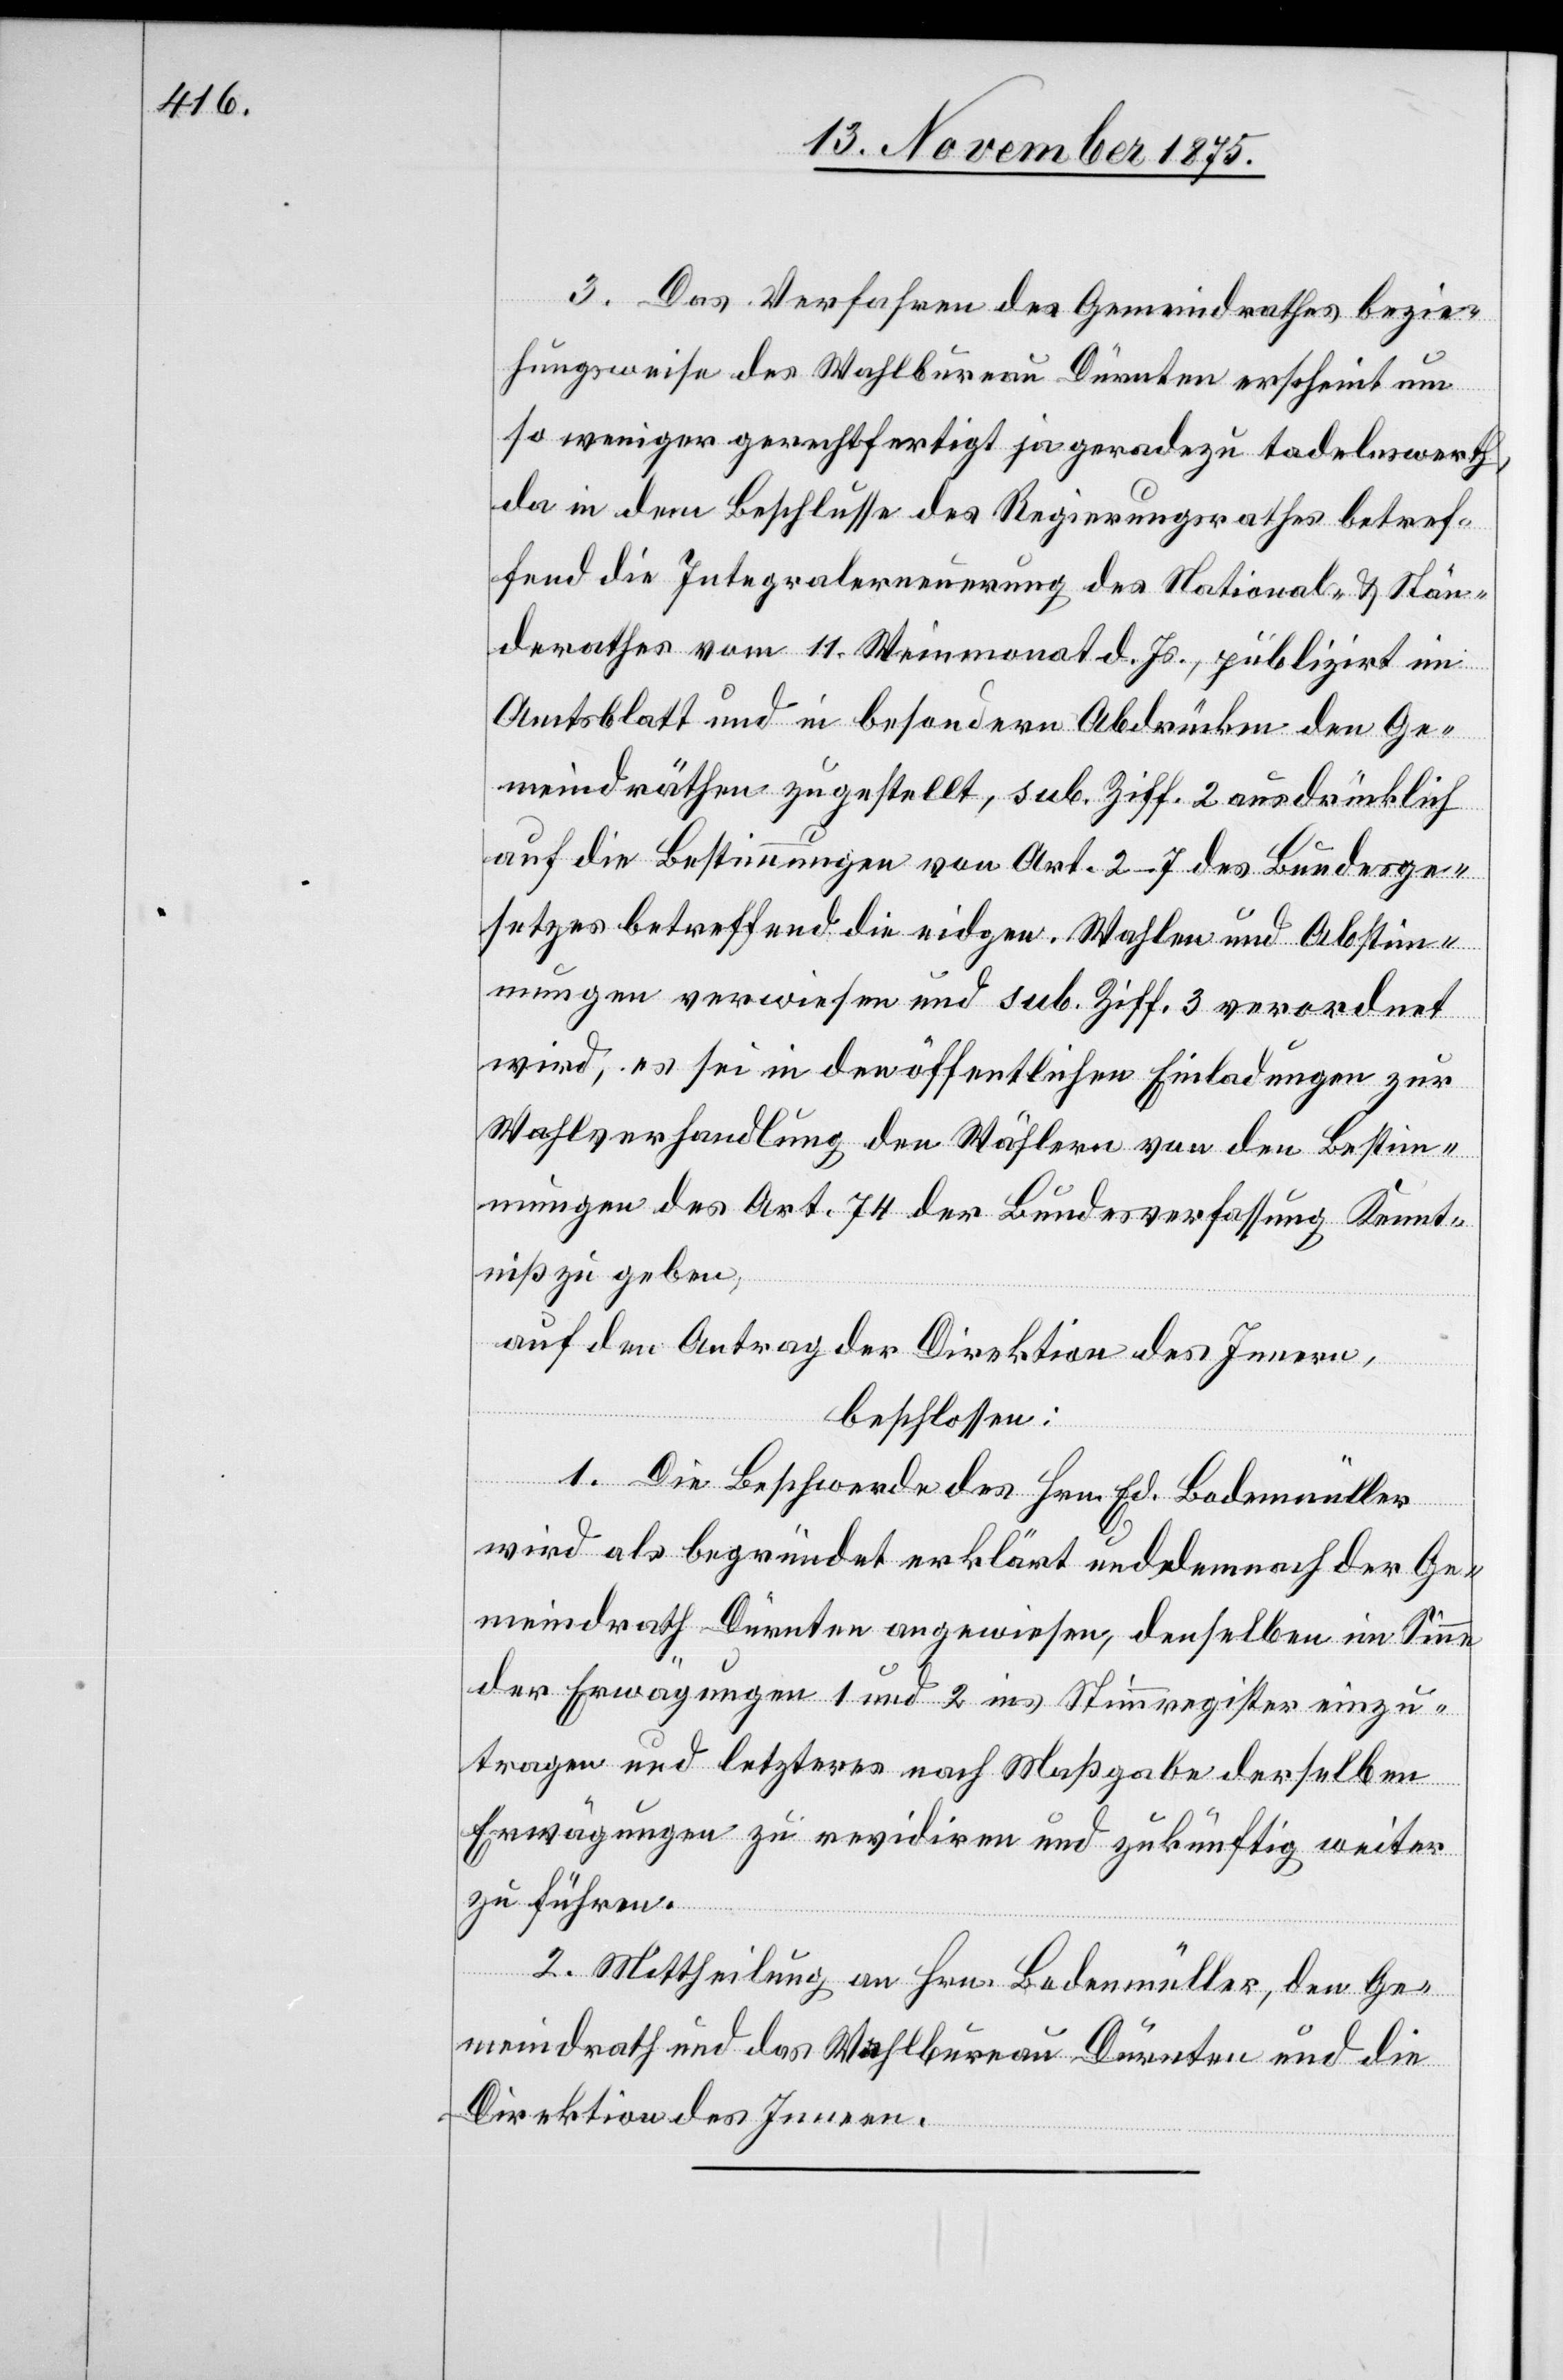
3. Das Verfahren des Gemeindrathes bezie¬
hungsweise des Wahlbureau Dürnten erscheint um
so weniger gerechtfertigt ja geradezu tadelnswerth,
da in dem Beschlusse des Regierungsrathes betref¬
fend die Integralerneuerung des National- & Stän¬
derathes vom 11. Weinmonat d. Js., publizirt im
Amtsblatt und in besondern Abdrücken den Ge¬
meindräthen zugestellt, sub. Ziff. 2 ausdrücklich
auf die Bestimmungen von Art. 2–7 des Bundesge¬
setzes betreffend die eidgen. Wahlen und Abstim¬
mungen verwiesen und sub. Ziff. 3 verordnet
wird, es sei in den öffentlichen Einladungen zur
Wahlverhandlung den Wählern von den Bestim¬
mungen des Art. 74 der Bundesverfassung Kennt¬
niß zu geben,
auf den Antrag der Direktion des Innern,
beschlossen:
1. Die Beschwerde des Hrn. Ed. Bodenmüller
wird als begründet erklärt und demnach der Ge¬
meindrath Dürnten angewiesen, denselben im Sinne
der Erwägungen 1 und 2 ins Stimmregister einzu¬
tragen und letzteres nach Maßgabe derselben
Erwägungen zu revidiren und zukünftig weiter
zu führen.
2. Mittheilung an Hrn. Bodenmüller, den Ge¬
meindrath und das Wahlbureau Dürnten und die
Direktion des Innern.